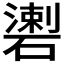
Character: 𥖍